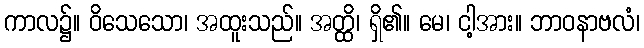
ကာလ၌။ ဝိသေသော၊ အထူးသည်။ အတ္ထိ၊ ရှိ၏။ မေ၊ ငါ့အား။ ဘာဝနာဗလံ၊